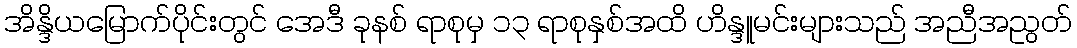
အိန္ဒိယမြောက်ပိုင်းတွင် အေဒီ ခုနစ် ရာစုမှ ၁၃ ရာစုနှစ်အထိ ဟိန္ဒူမင်းများသည် အညီအညွတ်